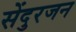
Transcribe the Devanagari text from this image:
सेंदुरजन